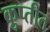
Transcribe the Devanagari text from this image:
कॢप्तीत